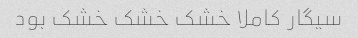
سیگار کاملا خشک خشک خشک بود